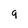
Character: g